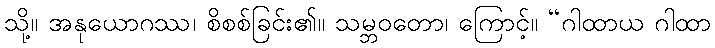
သို့။ အနုယောဂဿ၊ စိစစ်ခြင်း၏။ သမ္ဘဝတော၊ ကြောင့်။ “ဂါထာယ ဂါထာ